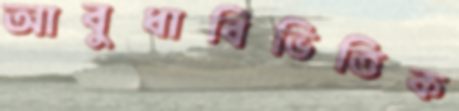
আবুধাবিভিত্তিক